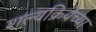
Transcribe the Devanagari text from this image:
शल्यक्रियेच्या